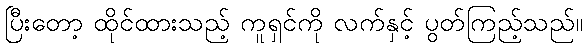
ပြီးတော့ ထိုင်ထားသည့် ကူရှင်ကို လက်နှင့် ပွတ်ကြည့်သည်။